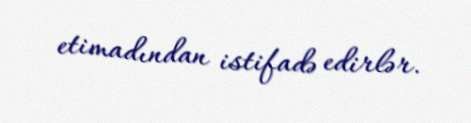
etimadından istifadə edirlər.